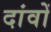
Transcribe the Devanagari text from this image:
दांवों